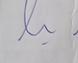
Signature authenticity: genuine